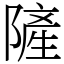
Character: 隡